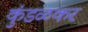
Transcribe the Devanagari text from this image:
कुंडळकर